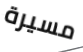
مسيرة